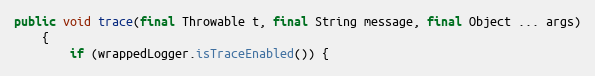
Language: Java
public void trace(final Throwable t, final String message, final Object ... args)
    {
        if (wrappedLogger.isTraceEnabled()) {